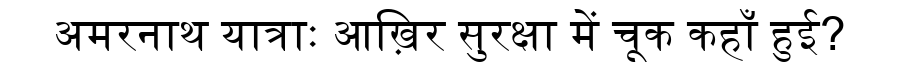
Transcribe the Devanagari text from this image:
अमरनाथ यात्राः आख़िर सुरक्षा में चूक कहाँ हुई?